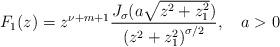
\begin{align*}F_1(z)=z^{\nu +m+1}\frac{J_\sigma (a\sqrt{z^2+z_1^2})}{\left( z^2+z_1^2\right) ^{\sigma /2}}, \quad a>0\end{align*}